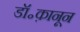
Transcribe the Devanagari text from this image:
डॉ॰क़ानून